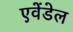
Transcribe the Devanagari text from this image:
एवेंडेल